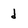
Character: d